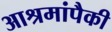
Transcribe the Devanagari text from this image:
आश्रमांपैकी